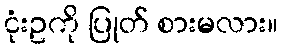
ငုံးဥကို ပြုတ် စားမလား။